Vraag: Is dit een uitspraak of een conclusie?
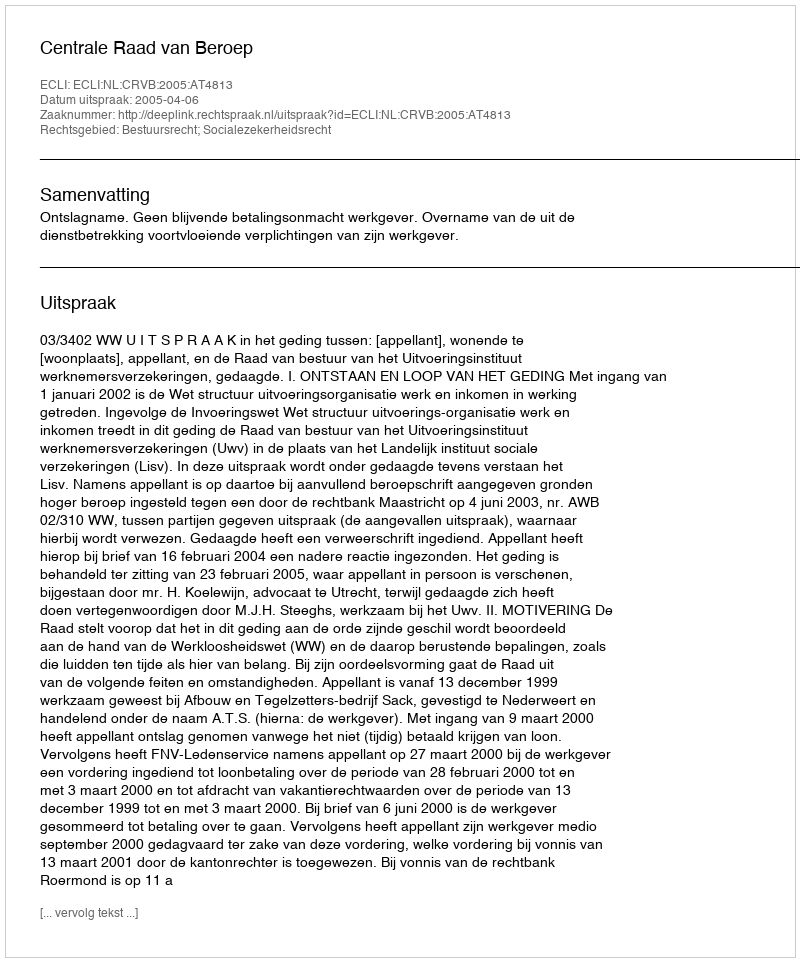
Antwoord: Uitspraak